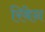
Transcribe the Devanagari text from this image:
रिबेन